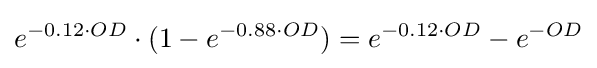
e^{-0.12\cdot OD}\cdot (1-e^{-0.88\cdot OD})=e^{-0.12\cdot OD}-e^{-OD}